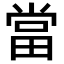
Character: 當